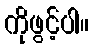
ကိုဖွင့်ပါ။